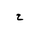
Letter: _ha